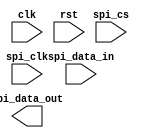
module spi_master (
    input wire clk,
    input wire rst,
    input wire spi_cs,
    input wire spi_clk,
    input wire spi_data_in,
    output wire spi_data_out
);

// SPI Controller
reg spi_started;
reg [7:0] spi_data;
reg spi_data_valid;

// Shift Register
reg [7:0] shift_reg;
reg [2:0] shift_state;
reg shift_enable;

// Control Logic
reg spi_clk_enable;
reg spi_cs_enable;
reg spi_data_enable;

// State Machine
reg [2:0] state;

// Data Buffer
reg [7:0] data_buffer;
reg data_buffer_valid;

// Error Handling
reg error_detected;

// SPI Controller
always @ (posedge clk or posedge rst)
begin
    if (rst)
    begin
        spi_started <= 0;
        spi_data <= 0;
        spi_data_valid <= 0;
    end
    else if (spi_started)
    begin
        spi_data <= shift_reg;
        spi_data_valid <= 1;
    end
end

// Shift Register
always @ (posedge clk or posedge rst)
begin
    if (rst)
    begin
        shift_reg <= 0;
        shift_state <= 0;
        shift_enable <= 0;
    end
    else if (shift_enable)
    begin
        case (shift_state)
            0: shift_reg <= 0;
            1: shift_reg <= {spi_data_in, shift_reg[7:1]};
            2: shift_reg <= shift_reg;
        endcase
    end
end

// Control Logic
always @ (posedge clk or posedge rst)
begin
    if (rst)
    begin
        spi_clk_enable <= 0;
        spi_cs_enable <= 0;
        spi_data_enable <= 0;
    end
    else
    begin
        spi_clk_enable <= spi_started;
        spi_cs_enable <= spi_started;
        spi_data_enable <= spi_started;
    end
end

// State Machine
always @ (posedge clk or posedge rst)
begin
    if (rst)
    begin
        state <= 0;
    end
    else
    begin
        case (state)
            0: // Idle state
                begin
                    if (spi_cs)
                        state <= 1; // Start transmitting data
                end
            1: // Transmit state
                begin
                    if (spi_clk)
                    begin
                        shift_enable <= 1;
                        if (shift_state == 1)
                            state <= 2; // Data transmitted, wait for acknowledgment
                    end
                end
            2: // Acknowledgment state
                begin
                    if (spi_clk)
                    begin
                        if (!spi_data_in)
                        begin
                            spi_started <= 1; // Data transmission/reception started successfully
                            state <= 3;
                        end
                        else
                            error_detected <= 1; // Error handling
                    end
                end
            3: // Receive state
                begin
                    if (spi_clk)
                    begin
                        if (spi_data_valid)
                        begin
                            data_buffer <= spi_data;
                            data_buffer_valid <= 1;
                            state <= 4; // Data received, transfer to host system
                        end
                    end
                end
            4: // Transfer to host system
                begin
                    // Transfer data to host system
                    state <= 0; // Return to idle state
                end
        endcase
    end
end

// Error Handling
always @ (posedge clk or posedge rst)
begin
    if (rst)
        error_detected <= 0;
end

endmodule